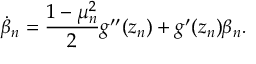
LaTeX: \dot { \beta } _ { n } = \frac { 1 - \mu _ { n } ^ { 2 } } { 2 } g ^ { \prime \prime } ( z _ { n } ) + g ^ { \prime } ( z _ { n } ) \beta _ { n } .